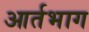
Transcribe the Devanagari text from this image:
आर्तभाग